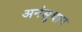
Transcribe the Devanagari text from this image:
अनंसुधान